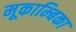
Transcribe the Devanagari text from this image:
मूकाम्‍बिका